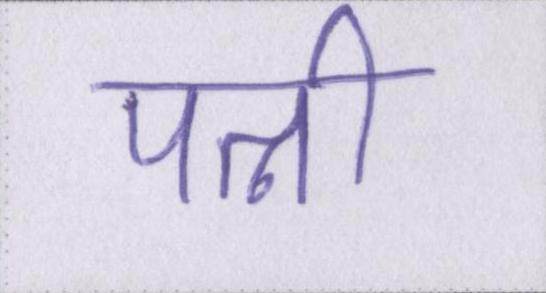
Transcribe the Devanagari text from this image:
पत्नी